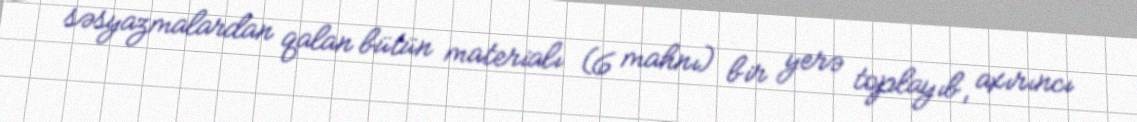
səsyazmalardan qalan bütün materialı (6 mahnı) bir yerə toplayıb, axırıncı